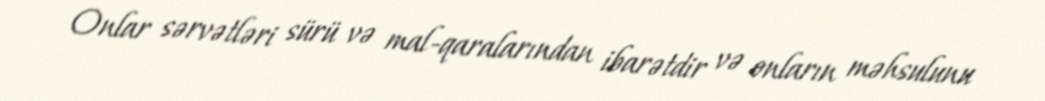
Onlar sərvətləri sürü və mal-qaralarından ibarətdir və onların məhsulunu